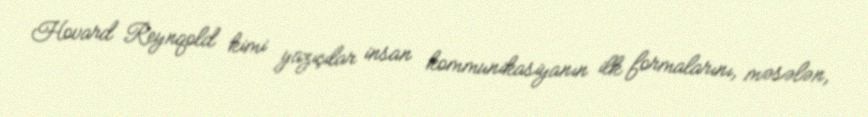
Hovard Reynqold kimi yazıçılar insan kommunikasiyanın ilk formalarını, məsələn,